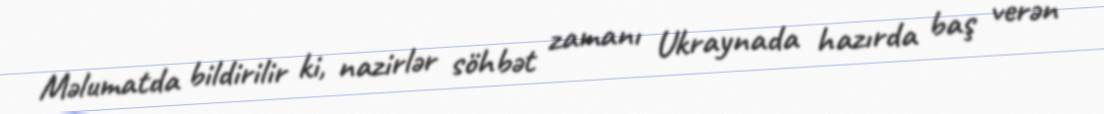
Məlumatda bildirilir ki, nazirlər söhbət zamanı Ukraynada hazırda baş verən